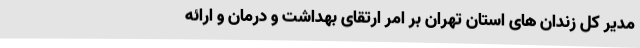
مدیر کل زندان های استان تهران بر امر ارتقای بهداشت و درمان و ارائه